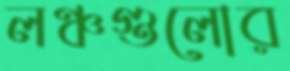
লঞ্চগুলোর